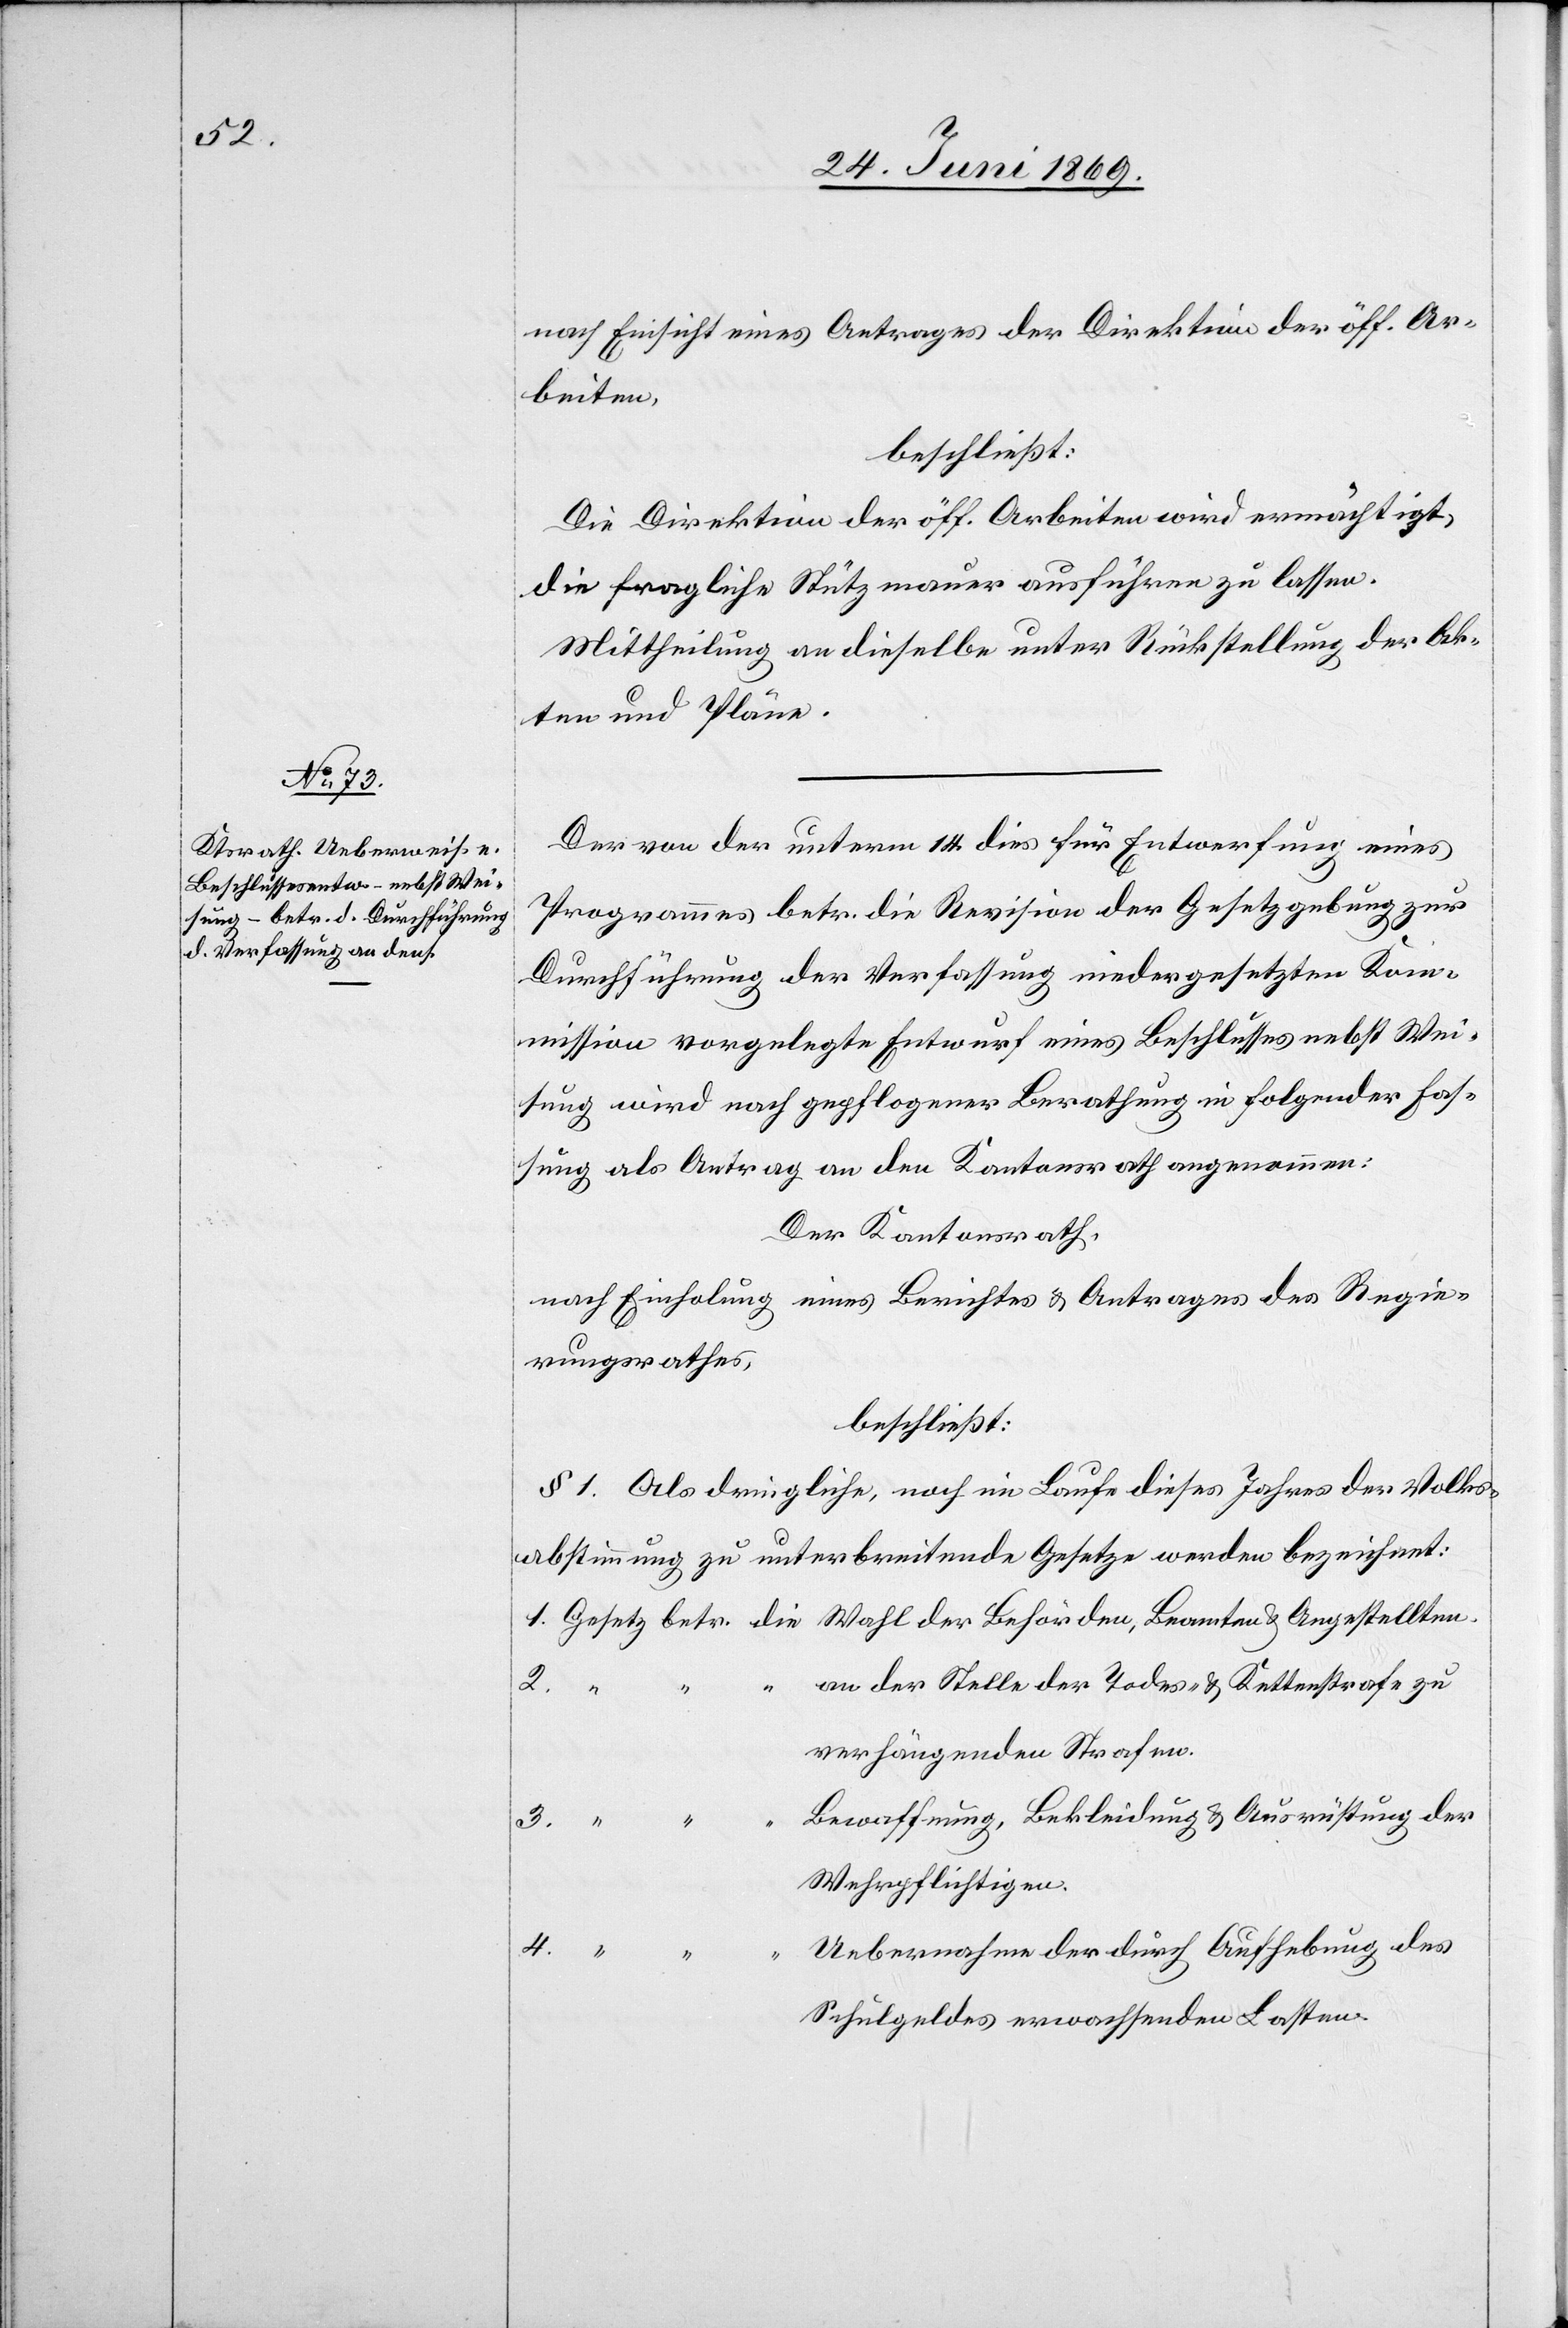
nach Einsicht eines Antrages der Direktion der öff. Ar¬
beiten,
beschließt:
Die Direktion der öff. Arbeiten wird ermächtigt,
die fragliche Stützmauer ausführen zu lassen.
Mittheilung an dieselbe unter Rückstellung der Ak¬
ten und Pläne.